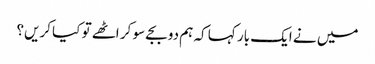
میں نے ایک بار کہا کہ ہم دو بجے سو کر اٹھے تو کیا کریں؟